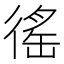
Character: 徭